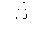
Letter: _tha